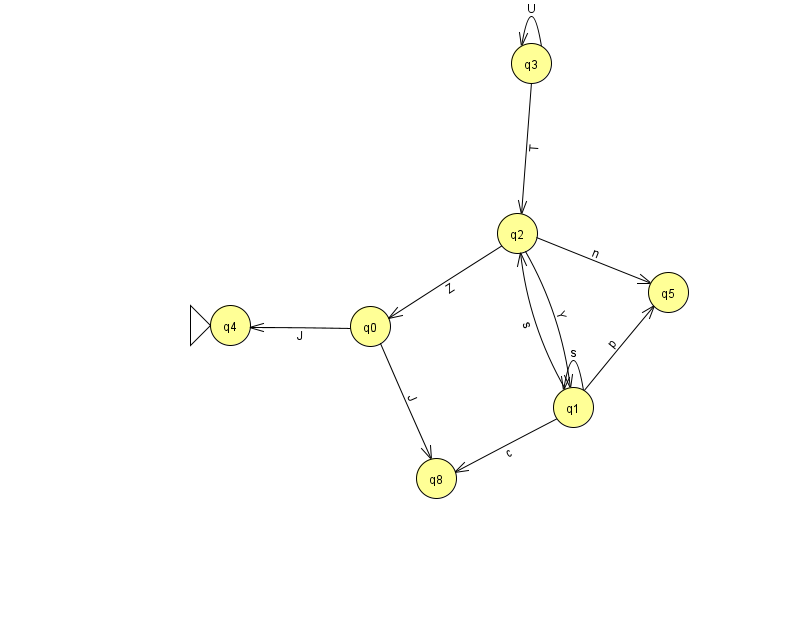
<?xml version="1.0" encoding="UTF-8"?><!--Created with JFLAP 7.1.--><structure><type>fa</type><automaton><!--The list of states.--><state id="0" name="q0"><x>370.0</x><y>313.0</y></state><state id="1" name="q1"><x>573.0</x><y>394.0</y></state><state id="2" name="q2"><x>517.0</x><y>220.0</y></state><state id="3" name="q3"><x>531.0</x><y>50.0</y></state><state id="4" name="q4"><x>230.0</x><y>312.0</y><initial/></state><state id="5" name="q5"><x>668.0</x><y>279.0</y></state><state id="8" name="q8"><x>436.0</x><y>465.0</y></state><!--The list of transitions.--><transition><from>1</from><to>8</to><read>c</read></transition><transition><from>2</from><to>0</to><read>Z</read></transition><transition><from>0</from><to>8</to><read>J</read></transition><transition><from>1</from><to>1</to><read>s</read></transition><transition><from>1</from><to>2</to><read>s</read></transition><transition><from>1</from><to>5</to><read>p</read></transition><transition><from>3</from><to>3</to><read>U</read></transition><transition><from>0</from><to>4</to><read>J</read></transition><transition><from>3</from><to>2</to><read>T</read></transition><transition><from>2</from><to>1</to><read>Y</read></transition><transition><from>2</from><to>5</to><read>n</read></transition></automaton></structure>